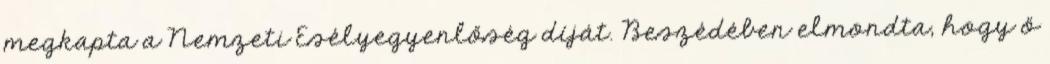
megkapta a Nemzeti Esélyegyenlőség díját. Beszédében elmondta, hogy ő